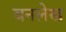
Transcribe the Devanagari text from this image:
बनलेख